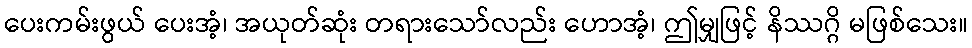
ပေးကမ်းဖွယ် ပေးအံ့၊ အယုတ်ဆုံး တရားသော်လည်း ဟောအံ့၊ ဤမျှဖြင့် နိဿဂ္ဂိ မဖြစ်သေး။